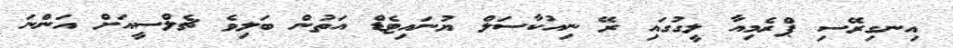
އިނގިރޭސި ޕްރެމިއާ ލީގުގައި ރޭ ނިއުކާސަލް ޔުނައިޓެޑް އަތުން ބަލިވެ ޗެލްސީއަށް އަންނަ